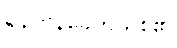
ရန်ကုန်ခေတ်သစ်၏